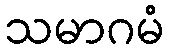
သမာဂမံ